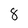
Character: 8